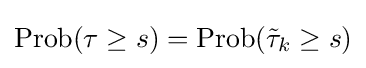
\operatorname {Prob} (\tau \geq s)=\operatorname {Prob} ({\tilde {\tau }}_{k}\geq s)